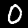
Digit: 0